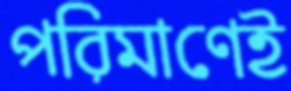
পরিমাণেই